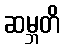
ဆမ္ဘတိ